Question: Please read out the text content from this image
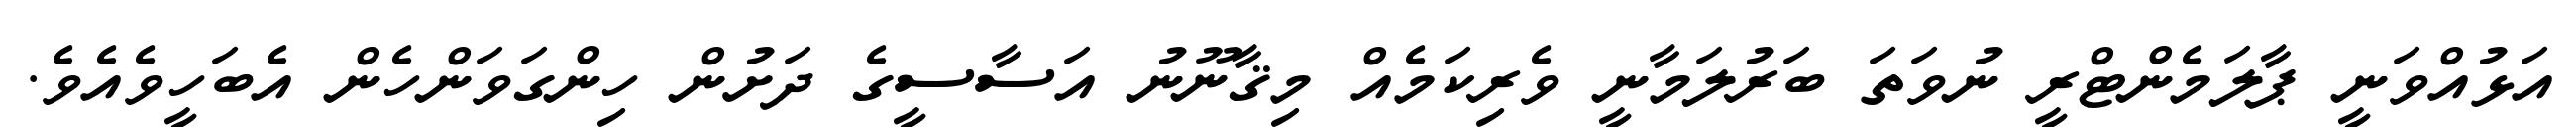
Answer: އަޅުއްވަނީ ޕާލަމެންޓްރީ ނުވަތަ ބަރުލަމާނީ ވެރިކަމެއް މިޤާނޫނު އަސާސީގެ ދަށުން ހިންގަވަންހެން އެބަހީވެއެވެ.